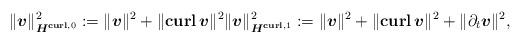
LaTeX: \begin{align*} \|\boldsymbol{v}\|_{\boldsymbol{H}^{\textbf{curl},0}}^2 := \|\boldsymbol{v} \|^2 + \|\textbf{curl} \, \boldsymbol{v} \|^2 \|\boldsymbol{v}\|_{\boldsymbol{H}^{\textbf{curl},1}}^2 := \|\boldsymbol{v} \|^2 + \|\textbf{curl} \, \boldsymbol{v} \|^2 + \|\partial_t \boldsymbol{v} \|^2, \end{align*}